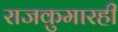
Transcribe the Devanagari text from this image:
राजकुमारही